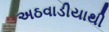
અઠવાડીયાથી